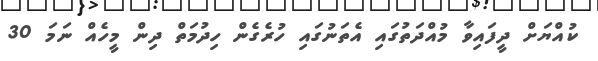
ކުއްޔަށް ދީފައިވާ މުއްދަތުގައި އެތަނުގައި ހުރެގެން ހިދުމަތް ދިން މީހެއް ނަމަ 30